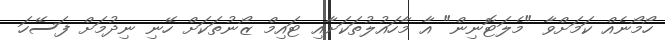
ހޯމޯނެއް ކަމަށްވާ "މެލަޓޮނިން" އާ މާހައުލުތަކަށާއި ޓައިމް ޒޯނުތަކަށް ހޭނި ނިދުމަށް ފަސޭހަ